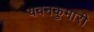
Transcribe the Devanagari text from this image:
यवनकुमारी